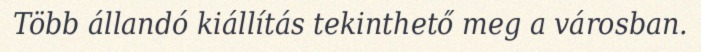
Több állandó kiállítás tekinthető meg a városban.